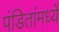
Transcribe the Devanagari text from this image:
पंडितांमध्यें